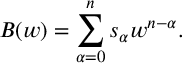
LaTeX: B ( w ) = \sum _ { \alpha = 0 } ^ { n } s _ { \alpha } w ^ { n - \alpha } .